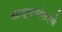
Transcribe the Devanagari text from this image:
आल्यानंतरचे